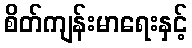
စိတ်ကျန်းမာရေးနှင့်